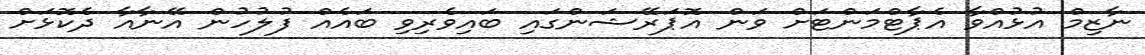
ނާޒިމް އުޅުއްވާ އެޕާޓްމަންޓަށް ވަން އޮޕަރޭޝަންގައި ބައިވެރިވި ބައެއް ފުލުހުން އޭނާއާ ދެކޮޅަށް